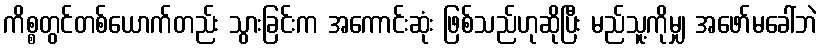
ကိစ္စတွင်တစ်ယောက်တည်း သွားခြင်းက အကောင်းဆုံး ဖြစ်သည်ဟုဆိုပြီး မည်သူ့ကိုမျှ အဖော်မခေါ်ဘဲ